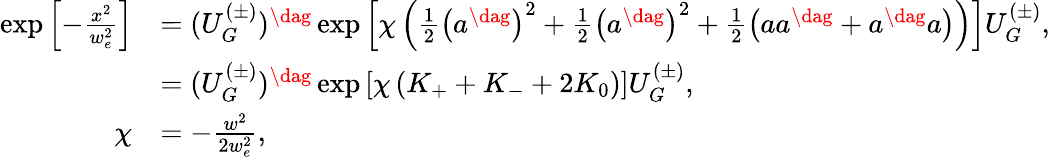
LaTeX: \begin{array}{rl}{\exp\left[-\frac{x^{2}}{w_{e}^{2}}\right]}&{=(U_{G}^{(\pm)})^{\dag}\exp\left[\chi\left(\frac{1}{2}\left(a^{\dag}\right)^{2}+\frac{1}{2}\left(a^{\dag}\right)^{2}+\frac{1}{2}\left(aa^{\dag}+a^{\dag}a\right)\right)\right]U_{G}^{(\pm)},}\\ &{=(U_{G}^{(\pm)})^{\dag}\exp\left[\chi\left(K_{+}+K_{-}+2K_{0}\right)\right]U_{G}^{(\pm)},}\\ {\chi}&{=-\frac{w^{2}}{2w_{e}^{2}},}\end{array}